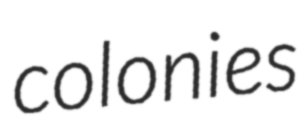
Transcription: colonies